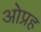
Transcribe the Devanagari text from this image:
ओप्रह